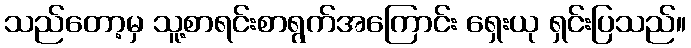
သည်တော့မှ သူ့စာရင်းစာရွက်အကြောင်း ရှေးယု ရှင်းပြသည်။